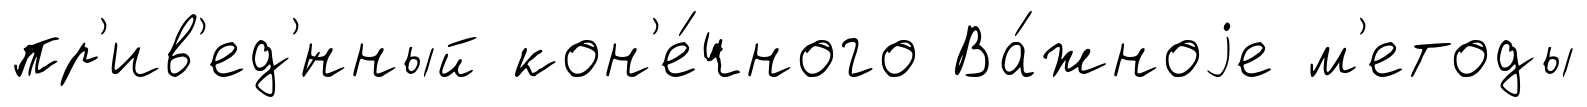
пр'ив'ед'́нный кон'е́чного Ва́жноjе м'етоды